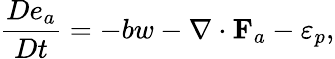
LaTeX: \frac{De_{a}}{Dt}=-bw-\nabla\cdot{\mathbf F}_{a}-\varepsilon_{p},